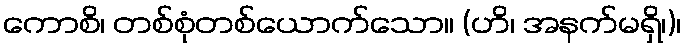
ကောစိ၊ တစ်စုံတစ်ယောက်သော။ (ဟိ၊ အနက်မရှိ၊)၊